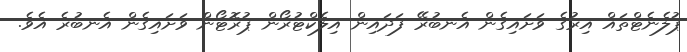
ޕުލެނެޓްތައް އިރުގެ ވަށައިގެން އެނބުރޭ ފަދައިން އިލެކްޓުރޯން ޕުރޮޓޯން ވަށައިގެން އެނބުރެ އެވެ.